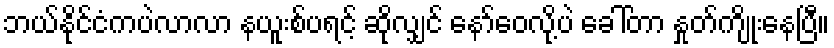
ဘယ်နိုင်ငံကပဲလာလာ နယူးစ်ပရင့် ဆိုလျှင် နော်ဝေလို့ပဲ ခေါ်တာ နှုတ်ကျိုးနေပြီ။